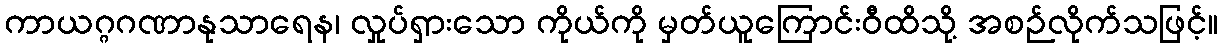
ကာယဂ္ဂဂဏာနုသာရေန၊ လှုပ်ရှားသော ကိုယ်ကို မှတ်ယူကြောင်းဝီထိသို့ အစဉ်လိုက်သဖြင့်။